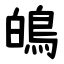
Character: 䳆